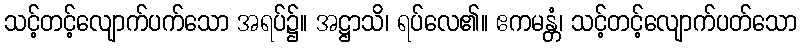
သင့်တင့်လျောက်ပက်သော အရပ်၌။ အဋ္ဌာသိ၊ ရပ်လေ၏။ ဧကမန္တံ၊ သင့်တင့်လျောက်ပတ်သော